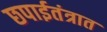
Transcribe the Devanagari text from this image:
छपाईतंत्रात